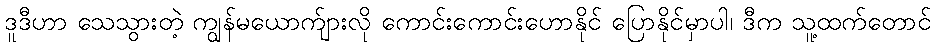
ဒူဒီဟာ သေသွားတဲ့ ကျွန်မယောက်ျားလို ကောင်းကောင်းဟောနိုင် ပြောနိုင်မှာပါ၊ ဒီက သူ့ထက်တောင်